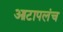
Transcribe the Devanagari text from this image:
आटापलंच